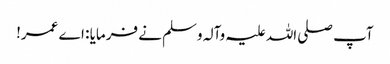
آپ صلی اللہ علیہ وآلہ وسلم نے فرمایا : اے عمر!